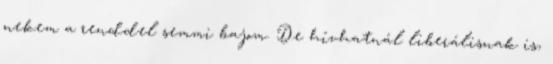
nekem a renddel semmi bajom. De hívhatnál liberálisnak is,